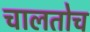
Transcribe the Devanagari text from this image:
चालतोच